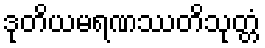
ဒုတိယမရဏဿတိသုတ္တံ